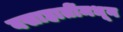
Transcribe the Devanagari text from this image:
वसाहातींमधून